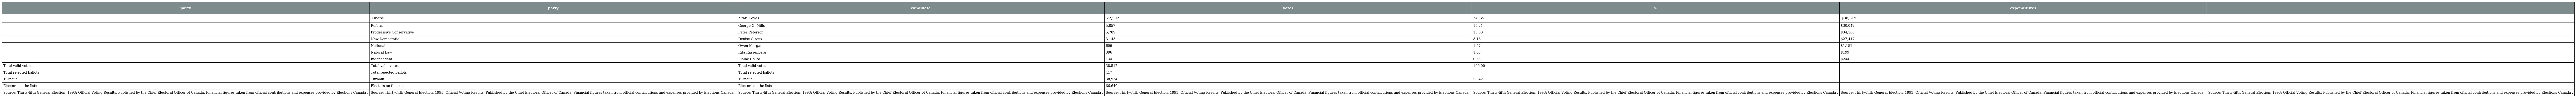
| party | party | candidate | votes | % | expenditures |  |
 | --- | --- | --- | --- | --- | --- | --- |
 |  | Liberal | Stan Keyes | 22,592 | 58.65 | $38,319 |  |
 |  | Reform | George G. Mills | 5,857 | 15.21 | $30,042 |  |
 |  | Progressive Conservative | Peter Peterson | 5,789 | 15.03 | $34,188 |  |
 |  | New Democratic | Denise Giroux | 3,143 | 8.16 | $27,417 |  |
 |  | National | Owen Morgan | 606 | 1.57 | $1,152 |  |
 |  | Natural Law | Rita Rassenberg | 396 | 1.03 | $199 |  |
 |  | Independent | Elaine Couto | 134 | 0.35 | $244 |  |
 | Total valid votes | Total valid votes | Total valid votes | 38,517 | 100.00 |  |  |
 | Total rejected ballots | Total rejected ballots | Total rejected ballots | 417 |  |  |  |
 | Turnout | Turnout | Turnout | 38,934 | 58.42 |  |  |
 | Electors on the lists | Electors on the lists | Electors on the lists | 66,640 |  |  |  |
 | Source: Thirty-fifth General Election, 1993: Official Voting Results, Published by the Chief Electoral Officer of Canada. Financial figures taken from official contributions and expenses provided by Elections Canada . | Source: Thirty-fifth General Election, 1993: Official Voting Results, Published by the Chief Electoral Officer of Canada. Financial figures taken from official contributions and expenses provided by Elections Canada . | Source: Thirty-fifth General Election, 1993: Official Voting Results, Published by the Chief Electoral Officer of Canada. Financial figures taken from official contributions and expenses provided by Elections Canada . | Source: Thirty-fifth General Election, 1993: Official Voting Results, Published by the Chief Electoral Officer of Canada. Financial figures taken from official contributions and expenses provided by Elections Canada . | Source: Thirty-fifth General Election, 1993: Official Voting Results, Published by the Chief Electoral Officer of Canada. Financial figures taken from official contributions and expenses provided by Elections Canada . | Source: Thirty-fifth General Election, 1993: Official Voting Results, Published by the Chief Electoral Officer of Canada. Financial figures taken from official contributions and expenses provided by Elections Canada . | Source: Thirty-fifth General Election, 1993: Official Voting Results, Published by the Chief Electoral Officer of Canada. Financial figures taken from official contributions and expenses provided by Elections Canada . |